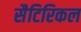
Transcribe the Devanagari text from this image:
सैटिरिकल